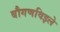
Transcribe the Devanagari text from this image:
बौगणविइले